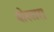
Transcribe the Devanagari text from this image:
बोखारा